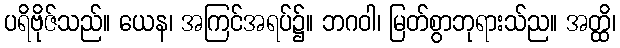
ပရိဗိုဇ်သည်။ ယေန၊ အကြင်အရပ်၌။ ဘဂဝါ၊ မြတ်စွာဘုရားသ်ည။ အတ္ထိ၊